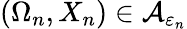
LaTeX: (\Omega_{n},X_{n})\in\mathcal A_{\varepsilon_{n}}